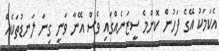
އެކަމަކު އޭގެ ފަހުން ކޮންމެ ސީޒަނެއްގައި ވެސް އޭނާ ވަނީ ގިނަ ލަނޑުތަކެއް